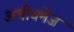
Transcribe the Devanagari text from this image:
अचीवमेंज